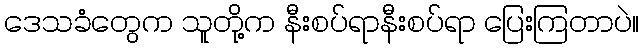
ဒေသခံတွေက သူတို့က နီးစပ်ရာနီးစပ်ရာ ပြေးကြတာပဲ။